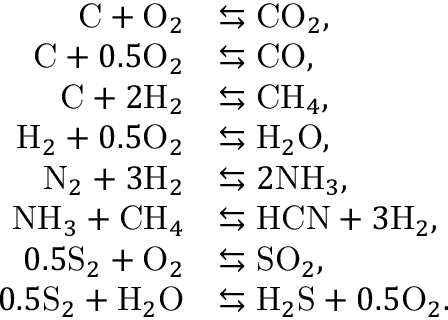
\begin{array} { r l } { \mathrm { C } + \mathrm { O } _ { 2 } } & { \leftrightarrows \mathrm { C O } _ { 2 } , } \\ { \mathrm { C } + 0 . 5 \mathrm { O } _ { 2 } } & { \leftrightarrows \mathrm { C O } , } \\ { \mathrm { C } + 2 \mathrm { H } _ { 2 } } & { \leftrightarrows \mathrm { C H } _ { 4 } , } \\ { \mathrm { H } _ { 2 } + 0 . 5 \mathrm { O } _ { 2 } } & { \leftrightarrows \mathrm { H } _ { 2 } \mathrm { O } , } \\ { \mathrm { N } _ { 2 } + 3 \mathrm { H } _ { 2 } } & { \leftrightarrows 2 \mathrm { N H } _ { 3 } , } \\ { \mathrm { N H } _ { 3 } + \mathrm { C H } _ { 4 } } & { \leftrightarrows \mathrm { H C N } + 3 \mathrm { H } _ { 2 } , } \\ { 0 . 5 \mathrm { S } _ { 2 } + \mathrm { O } _ { 2 } } & { \leftrightarrows \mathrm { S O } _ { 2 } , } \\ { 0 . 5 \mathrm { S } _ { 2 } + \mathrm { H } _ { 2 } \mathrm { O } } & { \leftrightarrows \mathrm { H } _ { 2 } \mathrm { S } + 0 . 5 \mathrm { O } _ { 2 } . } \end{array}